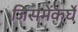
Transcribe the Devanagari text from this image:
जिसमेंकर्घे